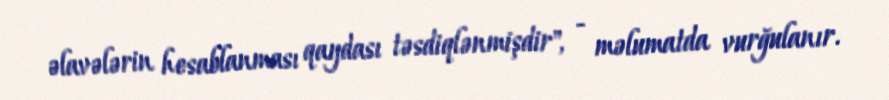
əlavələrin hesablanması qaydası təsdiqlənmişdir", - məlumatda vurğulanır.